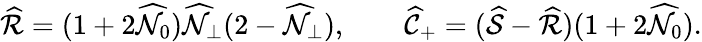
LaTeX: \widehat{\cal R}=(1+2\widehat{\cal N}_{0})\widehat{\cal N}_{\perp}(2-\widehat{\cal N}_{\perp}),\qquad\widehat{\cal C}_{+}=(\widehat{\cal S}-\widehat{\cal R})(1+2\widehat{\cal N}_{0}).